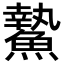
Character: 䲀